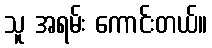
သူ အရမ်း ကောင်းတယ်။